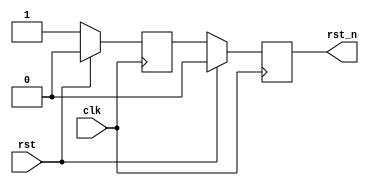
module jt12_rst(
    input   rst,
    input   clk,
    output  reg rst_n
);
reg r;
always @(negedge clk)
    if( rst ) begin
        r     <= 1'b0;
        rst_n <= 1'b0;
    end else begin
        { rst_n, r } <= { r, 1'b1 };
    end
endmodule